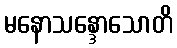
မနောသန္ဒောသောတိ